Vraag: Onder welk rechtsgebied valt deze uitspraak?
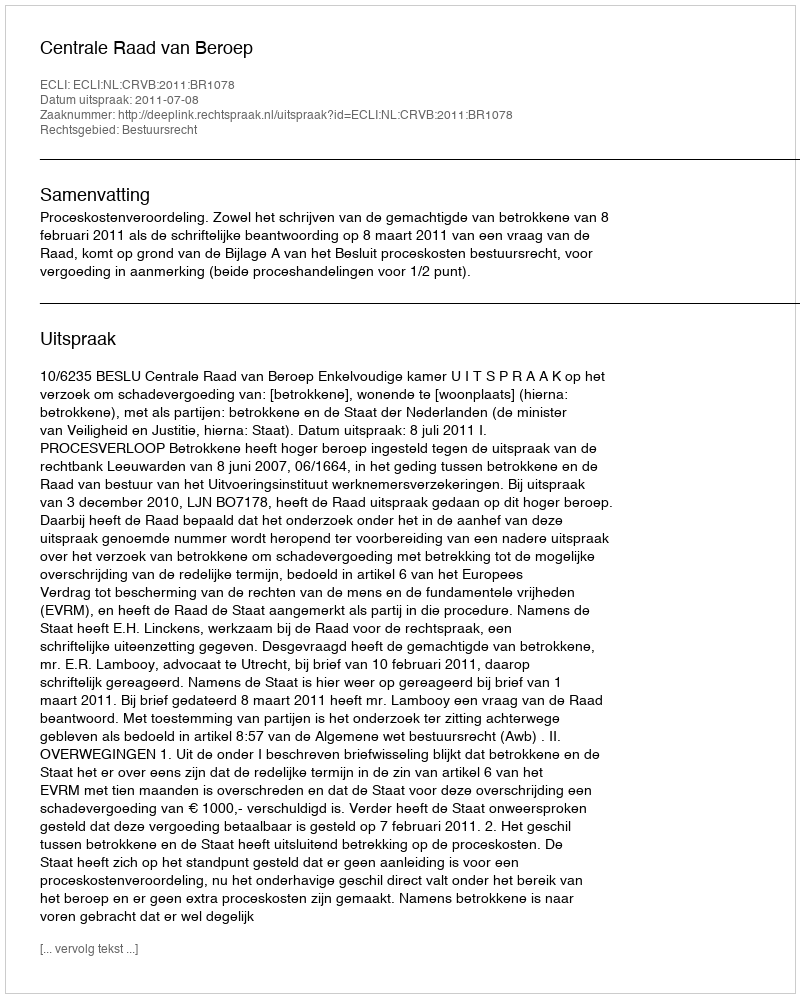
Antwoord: Bestuursrecht